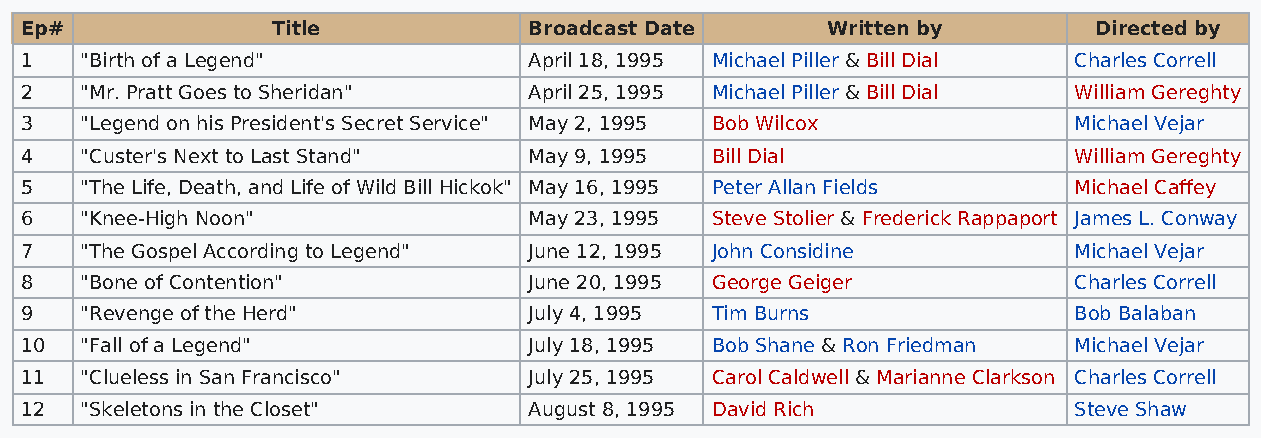
Ep#              Title            Broadcast Date      Written by       Directed by
 1   "Birth of a Legend"           April 18, 1995 Michael Piller & Bill Dial Charles Correll
 2   "Mr. Pratt Goes to Sheridan"  April 25, 1995 Michael Piller & Bill Dial William Gereghty
 3   "Legend on his President's Secret Service" May 2, 1995 Bob Wilcox Michael Vejar
 4   "Custer's Next to Last Stand" May 9, 1995 Bill Dial               William Gereghty
 5   "The Life, Death, and Life of Wild Bill Hickok" May 16, 1995 Peter Allan Fields Michael Caffey
 6   "Knee-High Noon"              May 23, 1995 Steve Stolier & Frederick Rappaport James L. Conway
 7   "The Gospel According to Legend" June 12, 1995 John Considine     Michael Vejar
 8   "Bone of Contention"          June 20, 1995 George Geiger         Charles Correll
 9   "Revenge of the Herd"         July 4, 1995 Tim Burns              Bob Balaban
 10  "Fall of a Legend"            July 18, 1995 Bob Shane & Ron Friedman Michael Vejar
 11  "Clueless in San Francisco"   July 25, 1995 Carol Caldwell & Marianne Clarkson Charles Correll
 12  "Skeletons in the Closet"     August 8, 1995 David Rich           Steve Shaw